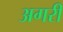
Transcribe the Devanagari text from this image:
अगरी